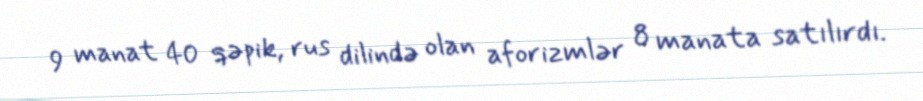
9 manat 40 qəpik, rus dilində olan aforizmlər 8 manata satılırdı.